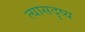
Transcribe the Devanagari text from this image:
त्यासदृष्य